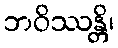
ဘဝိဿန္တိ၊